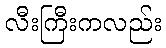
လီးကြီးကလည်း